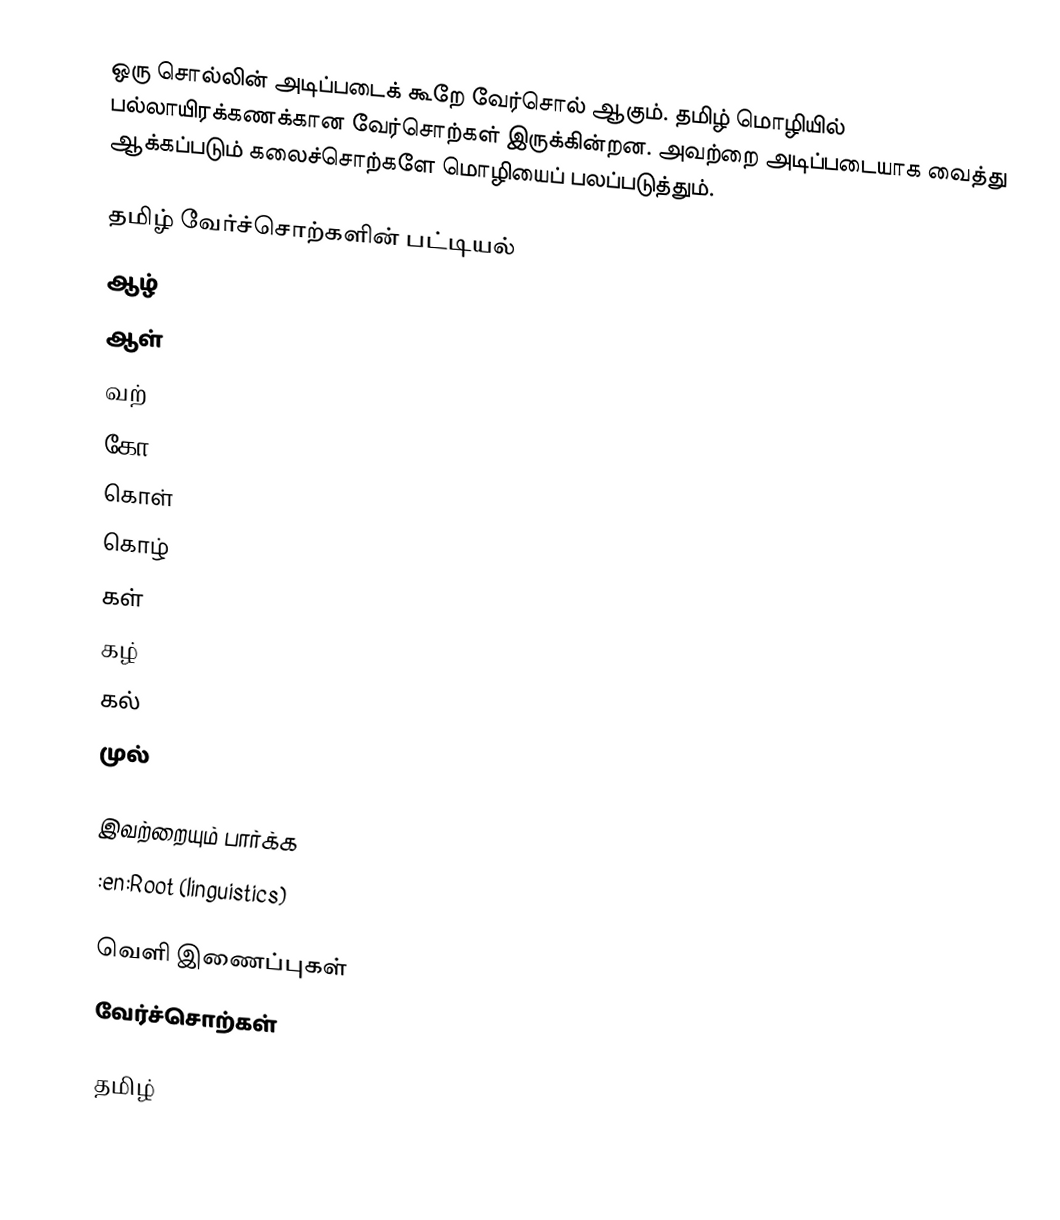
ஒரு சொல்லின் அடிப்படைக் கூறே வேர்சொல் ஆகும்.  தமிழ் மொழியில் பல்லாயிரக்கணக்கான வேர்சொற்கள் இருக்கின்றன.  அவற்றை அடிப்படையாக வைத்து ஆக்கப்படும் கலைச்சொற்களே மொழியைப் பலப்படுத்தும்.

தமிழ் வேர்ச்சொற்களின் பட்டியல்
 ஆழ்
 ஆள்
 வற்
 கோ
 கொள்
 கொழ்
 கள்
 கழ்
 கல்
 முல்

இவற்றையும் பார்க்க
 :en:Root (linguistics)

வெளி இணைப்புகள்
 வேர்ச்சொற்கள்

தமிழ்